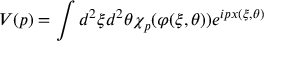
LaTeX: V ( p ) = \int d ^ { 2 } \xi d ^ { 2 } \theta \chi _ { p } ( \varphi ( \xi , \theta ) ) e ^ { i p x ( \xi , \theta ) }